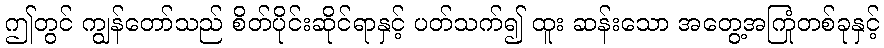
ဤတွင် ကျွန်တော်သည် စိတ်ပိုင်းဆိုင်ရာနှင့် ပတ်သက်၍ ထူး ဆန်းသော အတွေ့အကြုံတစ်ခုနှင့်